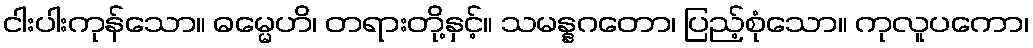
ငါးပါးကုန်သော။ ဓမ္မေဟိ၊ တရားတို့နှင့်။ သမန္နဂတော၊ ပြည့်စုံသော။ ကုလူပကော၊